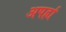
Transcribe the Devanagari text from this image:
अपर्ह्रा